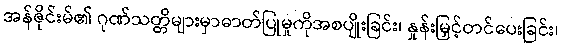
အန်ဇိုင်းမ်၏ ဂုဏ်သတ္တိများမှာဓာတ်ပြုမှုကိုအစပျိုးခြင်း၊ နှုန်းမြှင့်တင်ပေးခြင်း၊